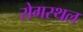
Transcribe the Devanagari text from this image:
रोगस्थल